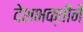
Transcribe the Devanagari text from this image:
देशभक्तीने